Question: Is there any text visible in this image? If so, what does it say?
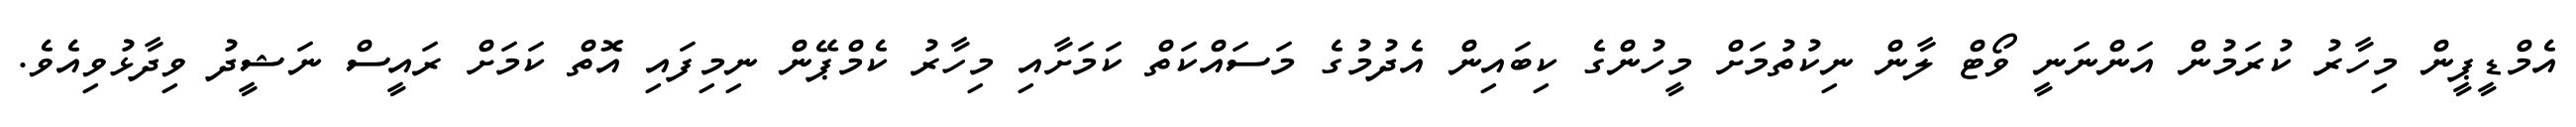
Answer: އެމްޑީޕީން މިހާރު ކުރަމުން އަންނަނީ ވޯޓް ލާން ނިކުތުމަށް މީހުންގެ ކިބައިން އެދުމުގެ މަސައްކަތް ކަމަށާއި މިހާރު ކެމްޕޭން ނިމިފައި އޮތް ކަމަށް ރައީސް ނަޝީދު ވިދާޅުވިއެވެ.